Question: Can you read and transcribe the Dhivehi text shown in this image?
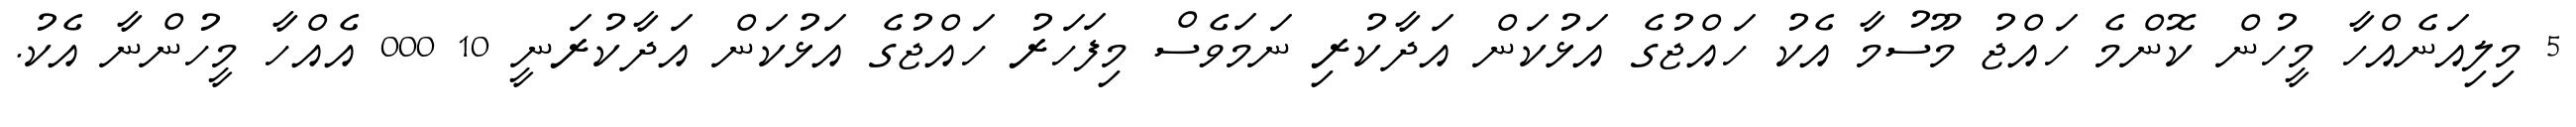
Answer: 5 މިލިއަނެއްހާ މީހުން ކޮންމެ ހައްޖު މޫސުމާ އެކު ހައްޖުގެ އަޅުކަން އަދާކުރި ނަމަވެސް މިފަހަރު ހައްޖުގެ އަޅުކަން އަދާކުރަނީ 10 000 އެއްހާ މީހުންނާ އެކު.